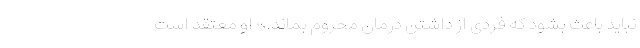
نباید باعث بشود که فردی از داشتن درمان محروم بماند.» او معتقد است